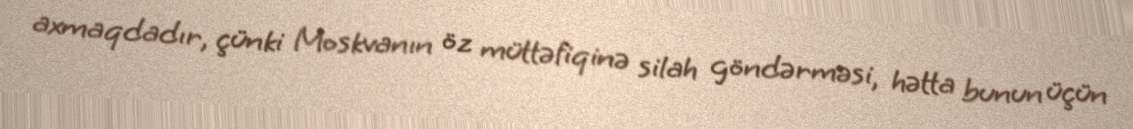
axmaqdadır, çünki Moskvanın öz müttəfiqinə silah göndərməsi, hətta bunun üçün